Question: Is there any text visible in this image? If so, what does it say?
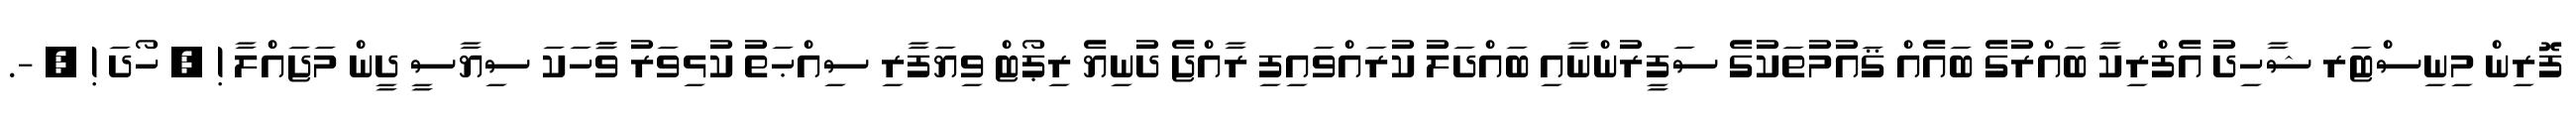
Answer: ފޮރިން މިނިސްޓަރ ޝާހިދު އެފްރިކާ ބައްރުގެ ބައެއް ޤައުމުތަކުގެ ސަފީރުންނާއި ބައްދަލު ކުރައްވައިފި ރާއްޖެ ދުނިޔެ ރިޕޯޓް ވިޔަފާރި ސިއްޙަތު ކުޅިވަރު ވާާހަކަ ސިޔާސީ ދީން މަޖައްލާ ! ? ހޯދަ ! ? -.